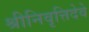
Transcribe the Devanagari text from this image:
श्रीनिवृत्तिदेवे